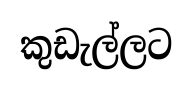
කුඩැල්ලට